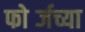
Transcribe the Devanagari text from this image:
फोर्ब्जच्या